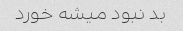
بد نبود میشه خورد